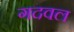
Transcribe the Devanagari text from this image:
गदवल